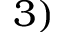
3 )